Scientific memoirs by medical officers of the Army of India - Part V,
Year: 1890
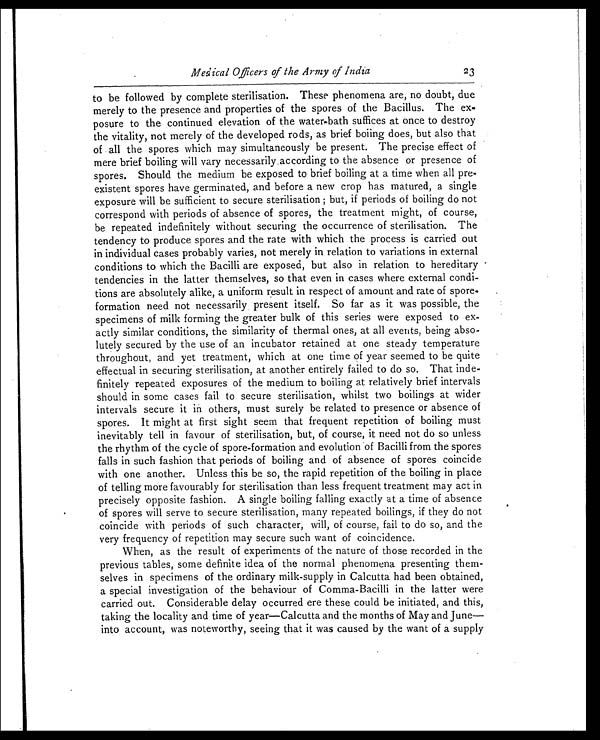
Medical Officers of the Army of India
23
to be followed by complete sterilisation. These phenomena are, no doubt, due
merely to the presence and properties of the spores of the Bacillus. The ex
-
posure to the continued elevation of the water-bath suffices at once to destroy
the vitality, not merely of the developed rods, as brief boiing does, but also that
of all the spores which may simultaneously be present. The precise effect of
mere brief boiling will vary necessarily according to the absence or presence of
spores. Should the medium be exposed to brief boiling at a time when all pre
-
existent spores have germinated, and before a new crop has matured, a single
exposure will be sufficient to secure sterilisation; but, if periods of boiling do not
correspond with periods of absence of spores, the treatment might, of course,
be repeated indefinitely without securing the occurrence of sterilisation. The
tendency to produce spores and the rate with which the process is carried out
in individual cases probably varies, not merely in relation to variations in external
conditions to which the Bacilli are exposed, but also in relation to hereditary
tendencies in the latter themselves, so that even in cases where external condi
-
tions are absolutely alike, a uniform result in respect of amount and rate of spore-
formation need not necessarily present itself. So far as it was possible, the
specimens of milk forming the greater bulk of this series were exposed to ex
-
actly similar conditions, the similarity of thermal ones, at all events, being abso
-
lutely secured by the use of an incubator retained at one steady temperature
throughout, and yet treatment, which at one time of year seemed to be quite
effectual in securing sterilisation, at another entirely failed to do so. That inde
-
finitely repeated exposures of the medium to boiling at relatively brief intervals
should in some cases fail to secure sterilisation, whilst two boilings at wider
intervals secure it in others, must surely be related to presence or absence of
spores. It might at first sight seem that frequent repetition of boiling must
inevitably tell in favour of sterilisation, but, of course, it need not do so unless
the rhythm of the cycle of spore-formation and evolution of Bacilli from the spores
falls in such fashion that periods of boiling and of absence of spores coincide
with one another. Unless this be so, the rapid repetition of the boiling in place
of telling more favourably for sterilisation than less frequent treatment may act in
precisely opposite fashion. A single boiling falling exactly at a time of absence
of spores will serve to secure sterilisation, many repeated boilings, if they do not
coincide with periods of such character, will, of course, fail to do so, and the
very frequency of repetition may secure such want of coincidence.
When, as the result of experiments of the nature of those recorded in the
previous tables, some definite idea of the normal phenomena presenting them
-
selves in specimens of the ordinary milk-supply in Calcutta had been obtained,
a special investigation of the behaviour of Comma-Bacilli in the latter were
carried out. Considerable delay occurred ere these could be initiated, and this,
taking the locality and time of year—Calcutta and the months of May and June—
into account, was noteworthy, seeing that it was caused by the want of a supply